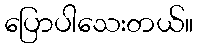
ပြောပါသေးတယ်။